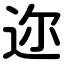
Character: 迩